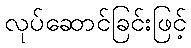
လုပ်ဆောင်ခြင်းဖြင့်